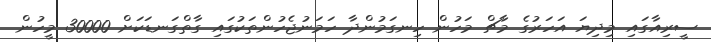
ސީރިއާގައި މިދިޔަ އަހަރުގެ މާޗް މަހުން ހިނގަމުންދާ ހަމަނުޖެހުންތަކުގައި ގާތްގަނޑަކަށް 30000 މީހުން